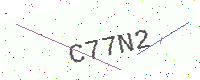
Text: C77N2